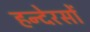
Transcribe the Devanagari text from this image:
हन्देरसों